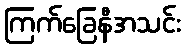
ကြက်ခြေနီအသင်း